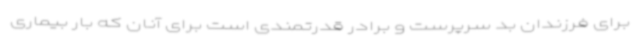
برای فرزندان بد سرپرست و برادر قدرتمندی است برای آنان که بار بیماری